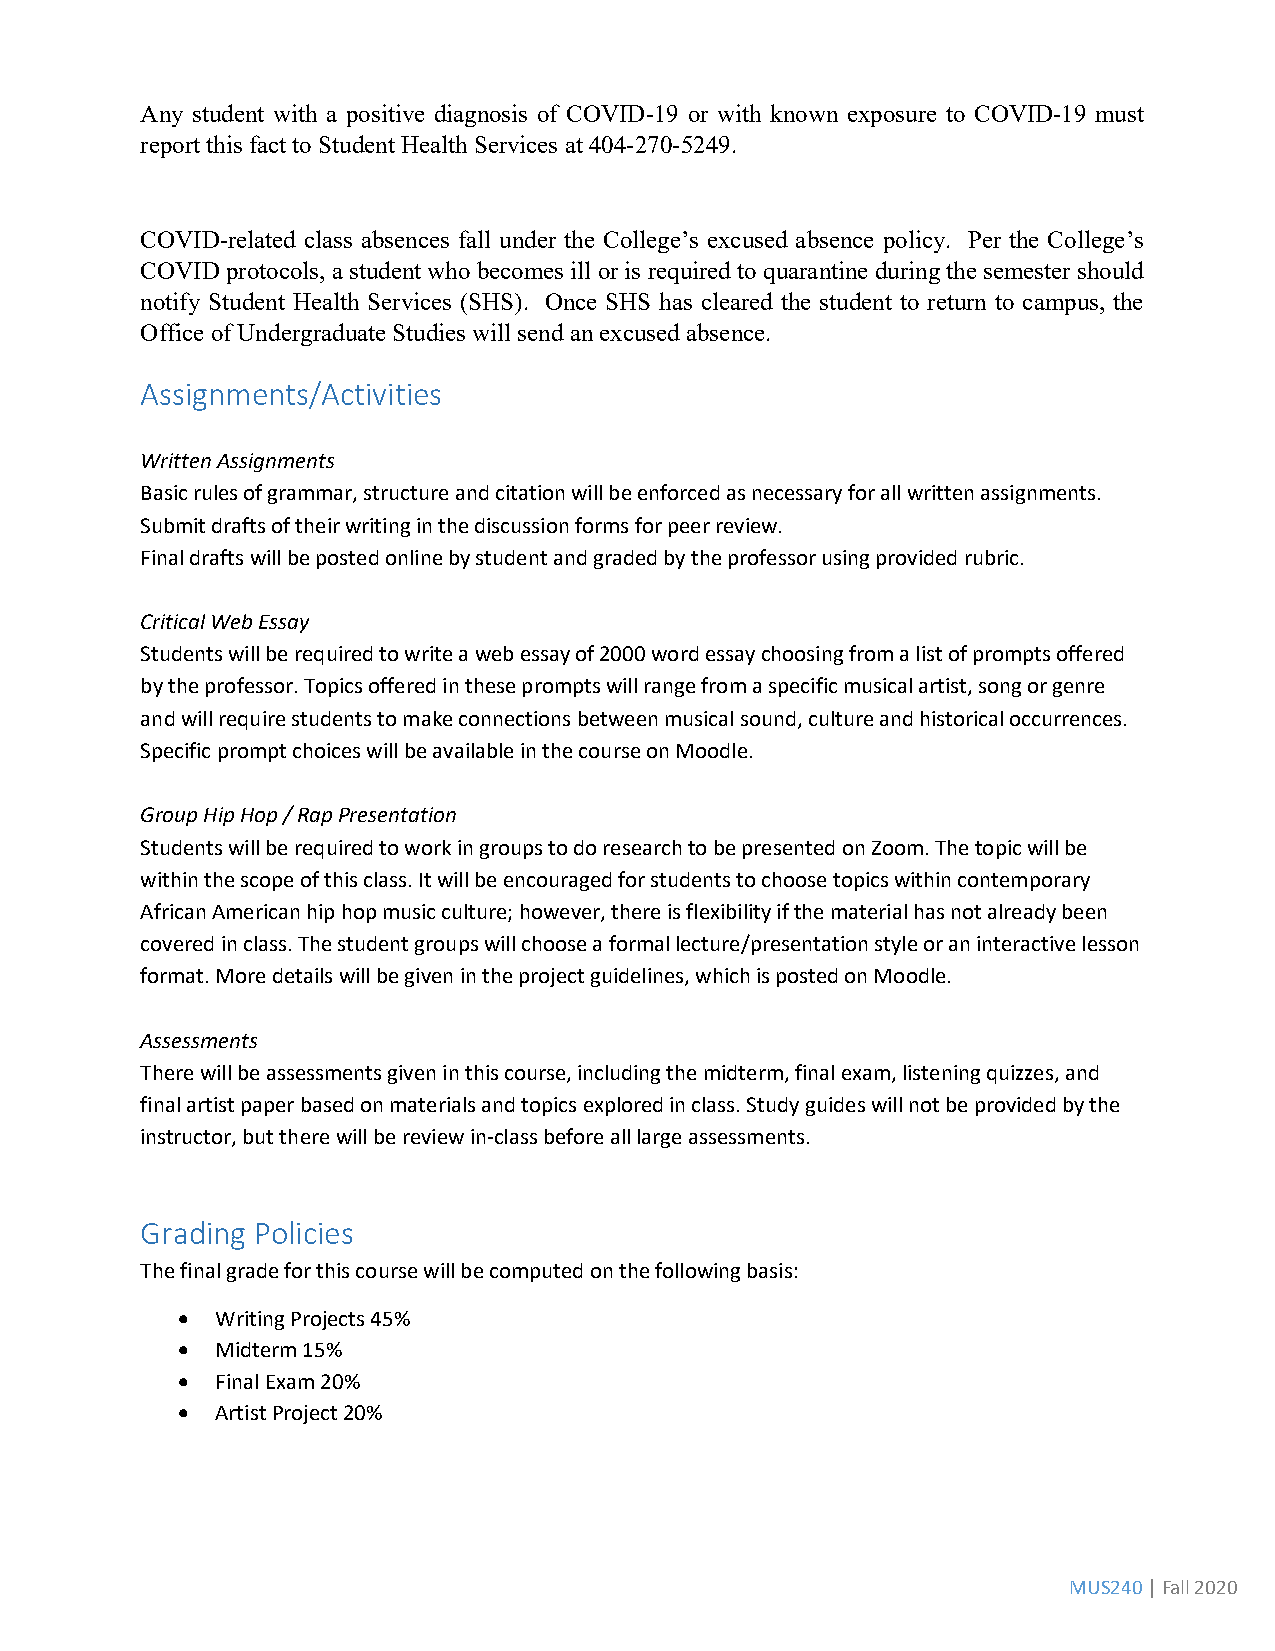
Any student with a positive diagnosis of COVID-19 or with known exposure to COVID-19 must
 report this fact to Student Health Services at 404-270-5249.
 COVID-related class absences fall under the College’s excused absence policy. Per the College’s
 COVID protocols, a student who becomes ill or is required to quarantine during the semester should
 notify Student Health Services (SHS). Once SHS has cleared the student to return to campus, the
 Office of Undergraduate Studies will send an excused absence.
 Assignments/Activities
 Written Assignments
 Basic rules of grammar, structure and citation will be enforced as necessary for all written assignments.
 Submit drafts of their writing in the discussion forms for peer review.
 Final drafts will be posted online by student and graded by the professor using provided rubric.
 Critical Web Essay
 Students will be required to write a web essay of 2000 word essay choosing from a list of prompts offered
 by the professor. Topics offered in these prompts will range from a specific musical artist, song or genre
 and will require students to make connections between musical sound, culture and historical occurrences.
 Specific prompt choices will be available in the course on Moodle.
 Group Hip Hop / Rap Presentation
 Students will be required to work in groups to do research to be presented on Zoom. The topic will be
 within the scope of this class. It will be encouraged for students to choose topics within contemporary
 African American hip hop music culture; however, there is flexibility if the material has not already been
 covered in class. The student groups will choose a formal lecture/presentation style or an interactive lesson
 format. More details will be given in the project guidelines, which is posted on Moodle.
 Assessments
 There will be assessments given in this course, including the midterm, final exam, listening quizzes, and
 final artist paper based on materials and topics explored in class. Study guides will not be provided by the
 instructor, but there will be review in-class before all large assessments.
 Grading Policies
 The final grade for this course will be computed on the following basis:
 • Writing Projects 45%
 • Midterm 15%
 • Final Exam 20%
 • Artist Project 20%
 MUS240 | Fall 2020